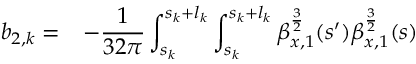
\begin{array} { c l } { \displaystyle b _ { 2 , k } = } & { \displaystyle - \frac { 1 } { 3 2 \pi } \int _ { s _ { k } } ^ { s _ { k } + l _ { k } } { \int _ { s _ { k } } ^ { s _ { k } + l _ { k } } { \beta _ { x , 1 } ^ { \frac { 3 } { 2 } } ( s ^ { \prime } ) \beta _ { x , 1 } ^ { \frac { 3 } { 2 } } ( s ) } } } \end{array}